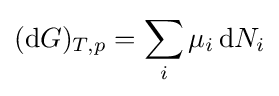
(\mathrm {d} G)_{T,p}=\sum _{i}\mu _{i}\,\mathrm {d} N_{i}